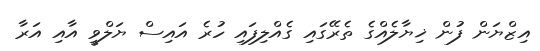
އިޒްޔަން ފުން ޚިޔާލެއްގެ ތެރޭގައި ގެއްލިފައި ހުރެ އައިސް ޔަލްވީ އާއި އަރާ